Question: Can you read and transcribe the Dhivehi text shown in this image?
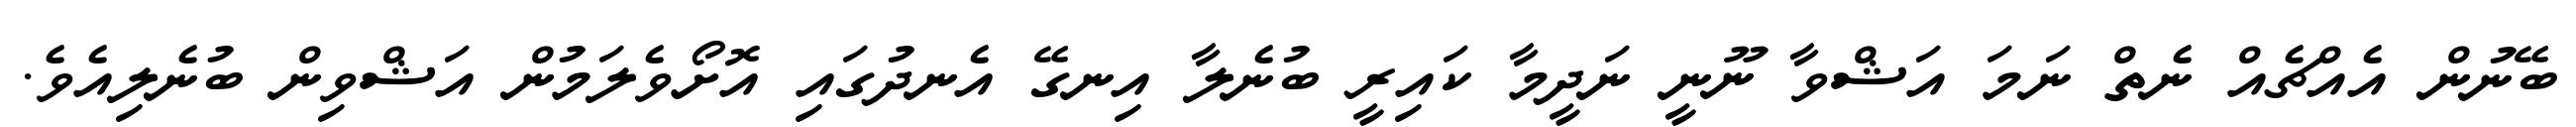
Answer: ބޭނުން އެއްޗެއް ނެތް ނަމަ އަޝްވާ ނޫނީ ނަދީމާ ކައިރީ ބުނެލާ އިނގޭ އެނދުގައި އޮށޯވެލަމުން އަޝްވިން ބުނެލިއެވެ.